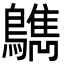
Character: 𪆳